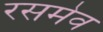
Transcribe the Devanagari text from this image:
रसमेव